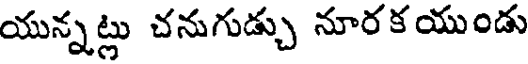
యున్నట్లు చనుగుడ్చు నూరకయుండు